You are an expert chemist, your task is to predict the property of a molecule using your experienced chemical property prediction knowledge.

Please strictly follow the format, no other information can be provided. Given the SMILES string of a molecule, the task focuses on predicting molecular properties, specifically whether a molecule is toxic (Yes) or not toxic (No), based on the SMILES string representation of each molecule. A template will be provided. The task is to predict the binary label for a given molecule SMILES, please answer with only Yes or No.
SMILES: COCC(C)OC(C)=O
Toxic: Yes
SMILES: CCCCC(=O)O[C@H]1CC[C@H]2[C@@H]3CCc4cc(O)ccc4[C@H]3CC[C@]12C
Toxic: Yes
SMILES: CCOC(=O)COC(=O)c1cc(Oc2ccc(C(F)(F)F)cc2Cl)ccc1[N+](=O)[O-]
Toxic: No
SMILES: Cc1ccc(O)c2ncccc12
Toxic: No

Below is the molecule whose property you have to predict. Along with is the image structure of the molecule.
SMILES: CC(=O)/C=C/c1ccccc1
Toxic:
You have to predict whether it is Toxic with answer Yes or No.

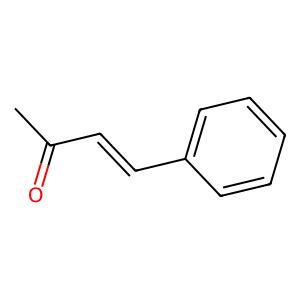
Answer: No